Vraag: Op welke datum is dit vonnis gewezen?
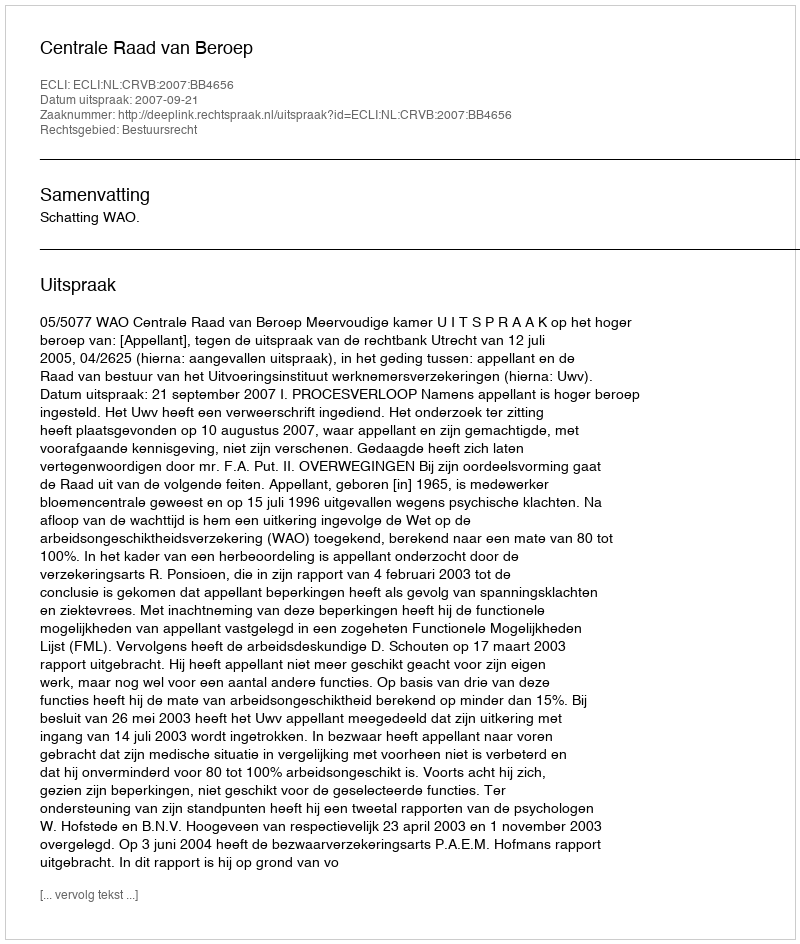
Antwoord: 2007-09-21